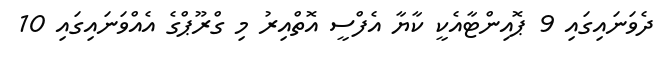
ދެވަނައިގައި 9 ޕޮއިންޓާއެކީ ކާޔާ އެފްސީ އޮތްއިރު މި ގްރޫޕްގެ އެއްވަނައިގައި 10